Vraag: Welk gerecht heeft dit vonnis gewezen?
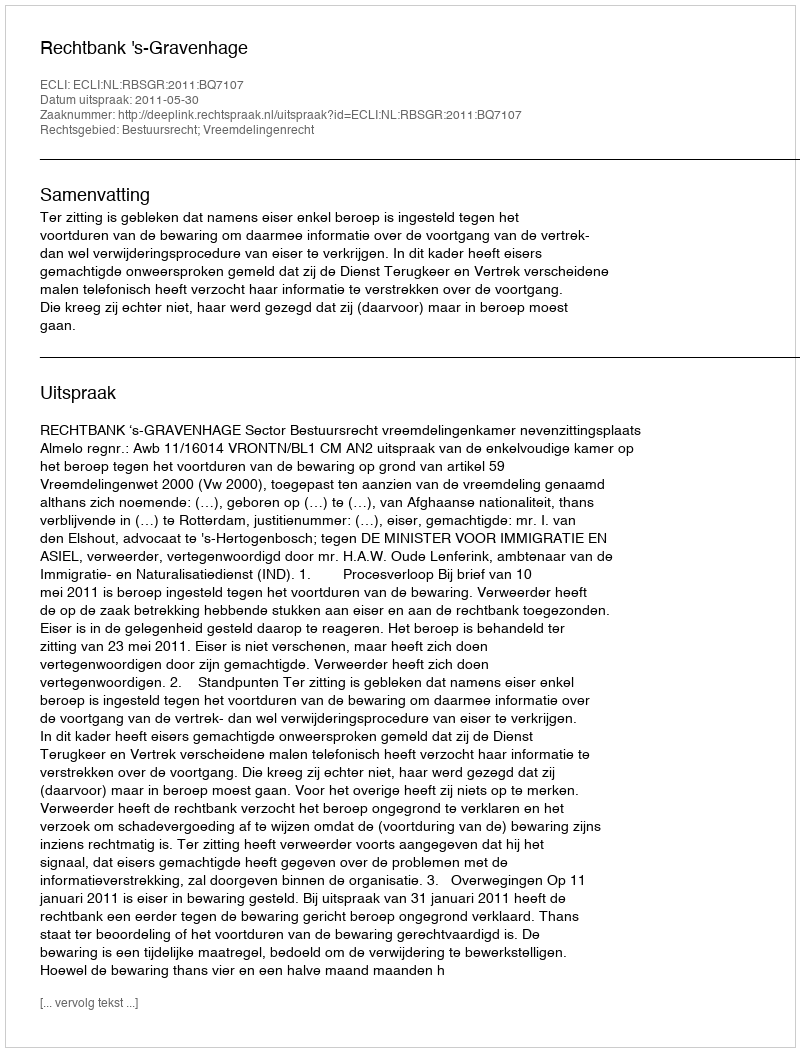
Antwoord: Rechtbank 's-Gravenhage